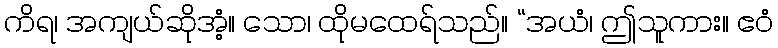
ကိရ၊ အကျယ်ဆိုအံ့။ သော၊ ထိုမထေရ်သည်။ “အယံ၊ ဤသူကား။ ဧဝံ